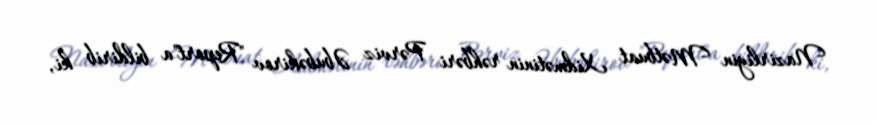
Nazirliyin Mətbuat Xidmətinin rəhbəri Pərviz Əbubəkirov "Report"a bildirib ki,